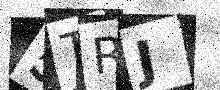
Text: 5TRJ